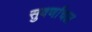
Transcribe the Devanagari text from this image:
सुवर्णाचल